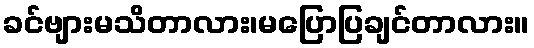
ခင်ဗျားမသိတာလား၊မပြောပြချင်တာလား။